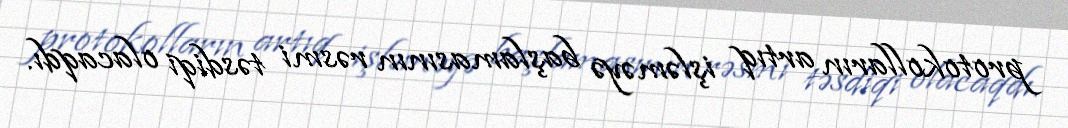
protokolların artıq işləməyə başlamasının rəsmi təsdiqi olacaqdı.